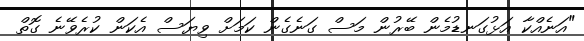
"އަނެއްކާ އަޅުގަނޑުމެން ބޭރުން މަސް ގަނެގެން ކަމަށް ވިޔަސް އެކަން ކުރެވޭނެ ގޮތް